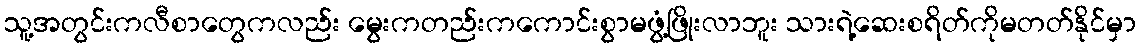
သူ့အတွင်းကလီစာတွေကလည်း မွေးကတည်းကကောင်းစွာမဖွံ့ဖြိုးလာဘူး သားရဲ့ဆေးစရိတ်ကိုမတတ်နိုင်မှာ